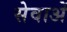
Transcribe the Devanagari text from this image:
सेवाअें